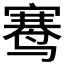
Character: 𬸣